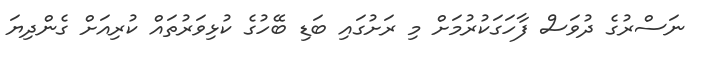
ނަސްރުގެ ދުވަސް ފާހަގަކުރުމަށް މި ރަށުގައި ބަޑި ބޭހުގެ ކުޅިވަރުތައް ކުރިއަށް ގެންދިޔަ